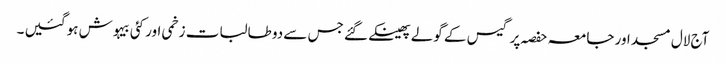
آج لال مسجد اور جامعہ حفصہ پر گیس کے گولے پھینکے گئے جس سے دو طالبات زخمی اور کئی بیہوش ہو گئیں ۔